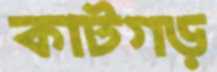
কাটগড়